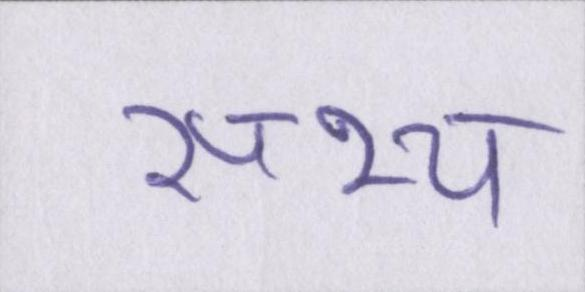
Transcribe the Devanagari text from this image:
सभ्य